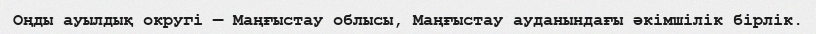
Оңды ауылдық округі — Маңғыстау облысы, Маңғыстау ауданындағы әкімшілік бірлік.